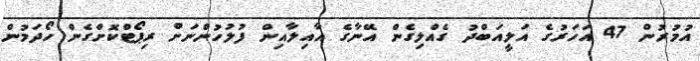
އުމުރުން 47 އަހަރުގެ އަލީއަބްދު ގެއްލިގެން އޭނާގެ އާއިލާއިން ފުލުހުންނަށް ރިޕޯޓްކޮށްގެން ހޯދަމުން